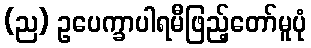
(ည) ဥပေက္ခာပါရမီဖြည့်တော်မူပုံ